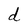
Character: d